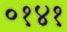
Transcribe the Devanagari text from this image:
०१४१